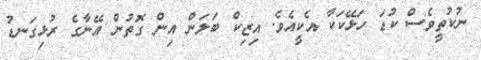
ނުކުތީވެސް ކުޑަ ހަޅޭކަކާ އެކީއެވެ. އިޒިކް ބަލަން އިން ގޮތުން އޭނާގެ ރުޅިގަނޑު